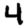
Digit: 4